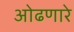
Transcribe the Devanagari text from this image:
ओढणारे